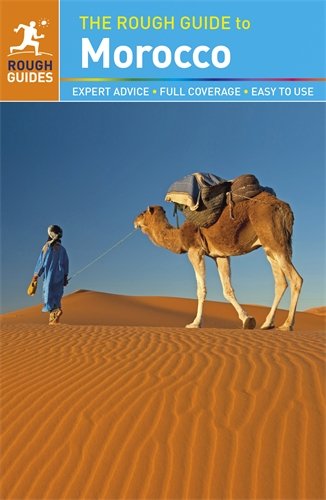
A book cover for The Rough Guide to Morocco; Daniel Jacobs; Travel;